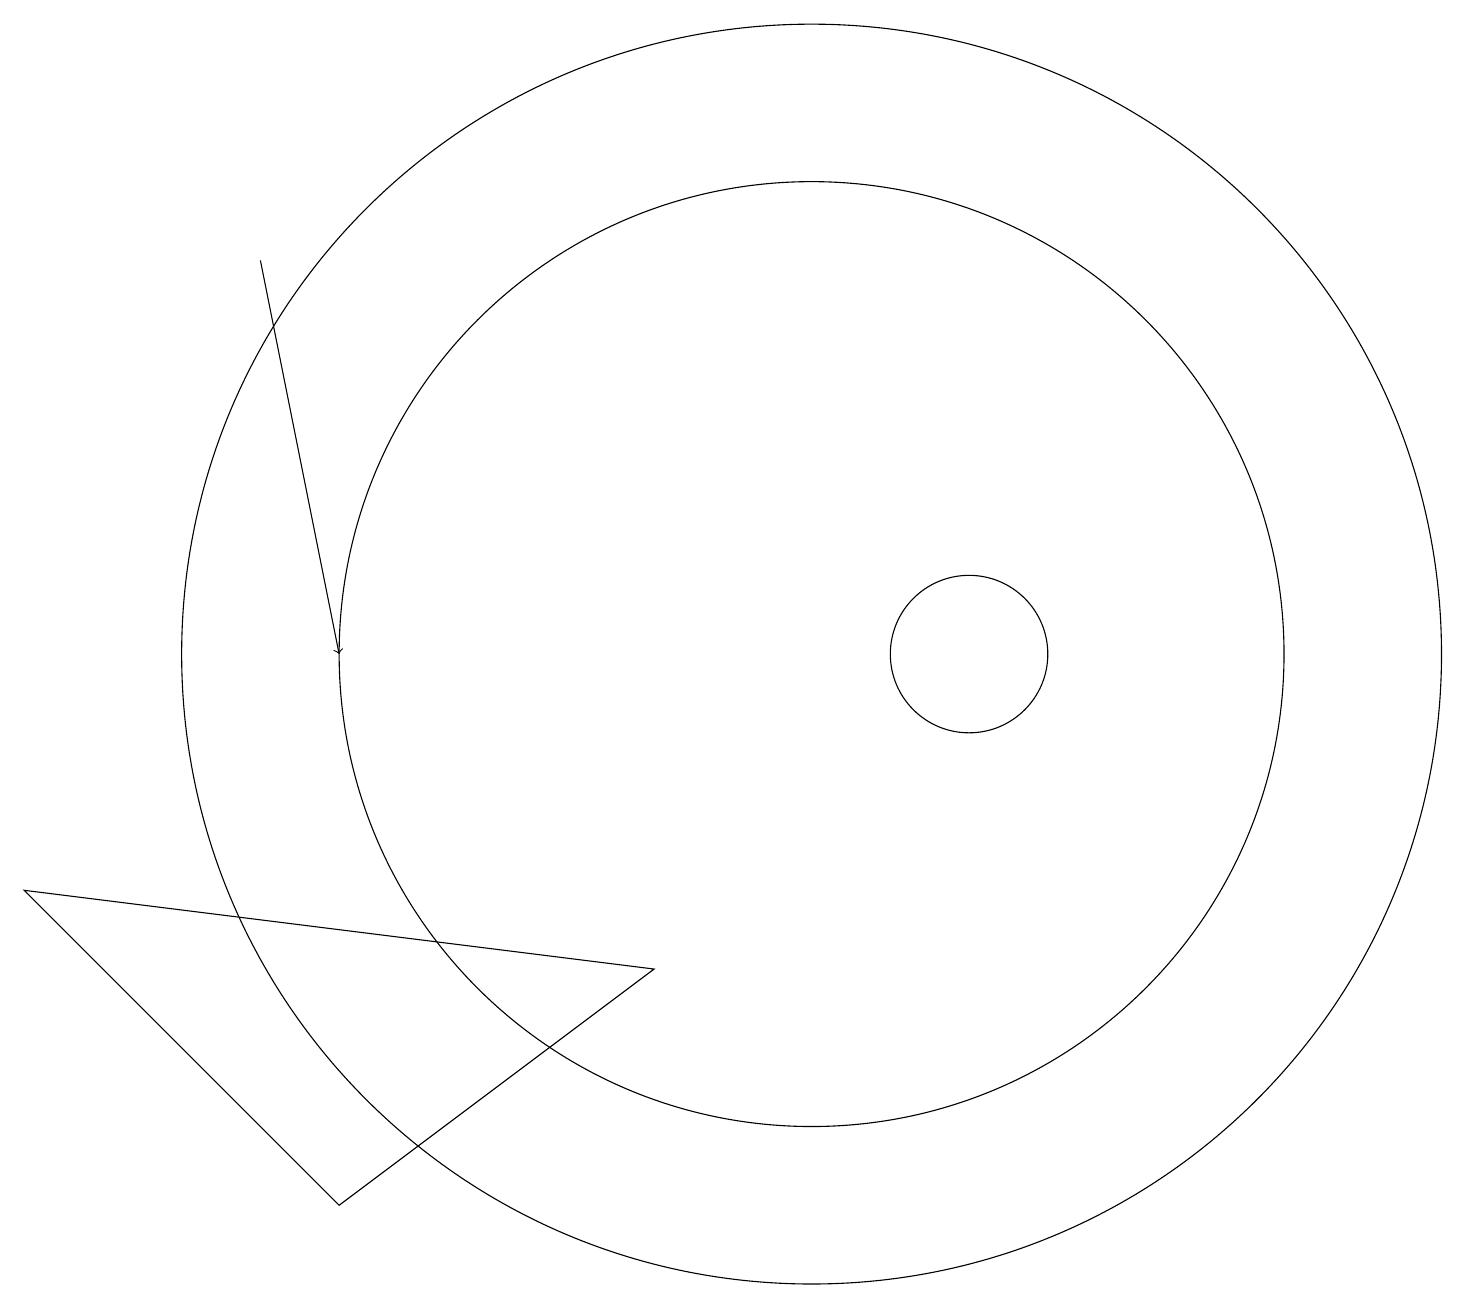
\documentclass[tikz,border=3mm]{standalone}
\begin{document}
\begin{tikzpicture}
\draw (4,4) -- (8,7) -- (0,8) -- cycle;
\draw (12,11) circle (1);
\draw (10,11) circle (6);
\draw[->] (3,16) -- (4,11);
\draw (10,11) circle (8);
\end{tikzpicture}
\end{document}